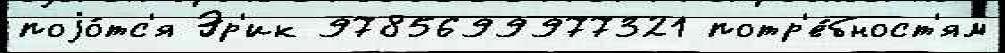
поjо́тс'я Эр'ик 9785699977321 потр'е́бност'ям